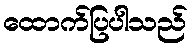
ထောက်ပြပါသည်